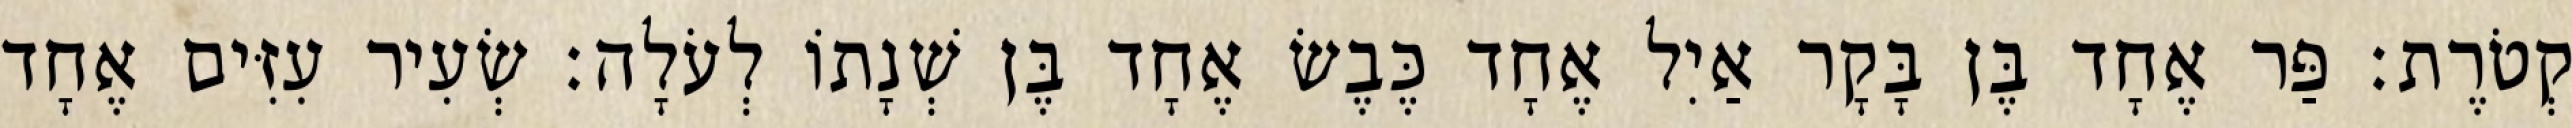
קְטֹרֶת׃ פַּר אֶחָד בֶּן בָּקָר אַיִל אֶחָד כֶּבֶשׂ אֶחָד בֶּן שְׁנָתוֹ לְעֹלָה׃ שְׂעִיר עִזִּים אֶחָד